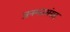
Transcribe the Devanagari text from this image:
जनमतसंग्रह